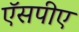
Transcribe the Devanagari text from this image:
ऍसपीए